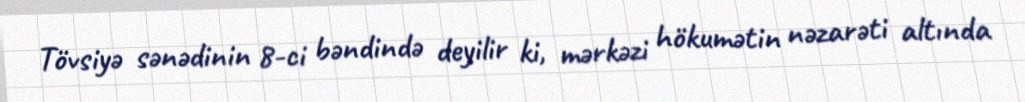
Tövsiyə sənədinin 8-ci bəndində deyilir ki, mərkəzi hökumətin nəzarəti altında